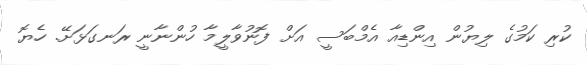
ކުރި ކަމުގެ ލިޔުން އިންޑިއާ އެމްބަސީ އަށް ފޮނުވާލީމާ ހުންނާނީ ރަނގަޅަށޭ. ހެޔޮ